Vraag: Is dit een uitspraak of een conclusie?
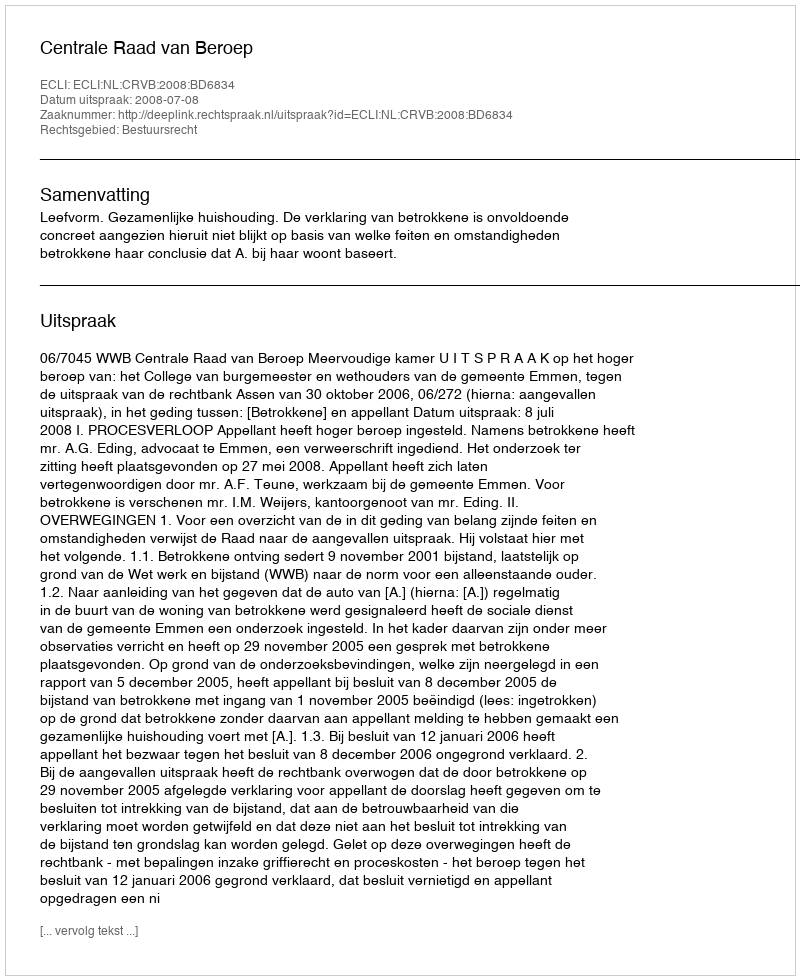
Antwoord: Uitspraak